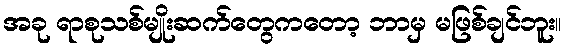
အခု ရာစုသစ်မျိုးဆက်တွေကတော့ ဘာမှ မဖြစ်ချင်ဘူး။